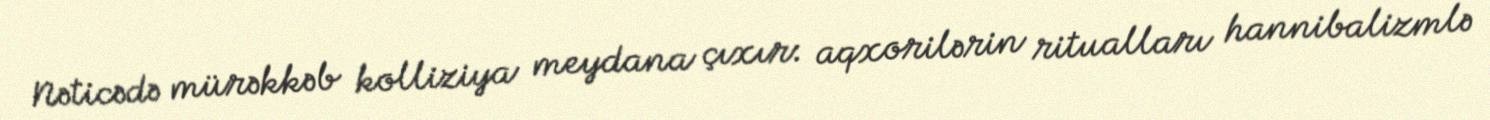
Nəticədə mürəkkəb kolliziya meydana çıxır: aqxorilərin ritualları hannibalizmlə